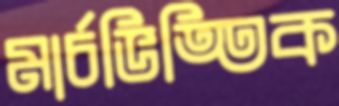
মার্চভিত্তিক